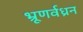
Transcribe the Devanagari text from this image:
भ्रूणर्वध्रन